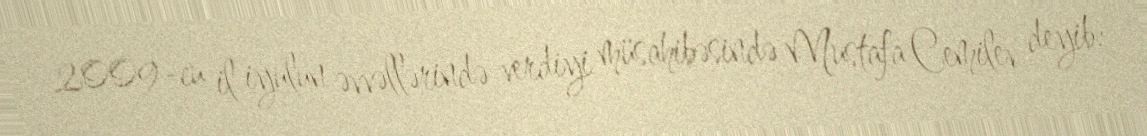
2009-cu il iyulun əvvəllərində verdiyi müsahibəsində Mustafa Cemilev deyib: